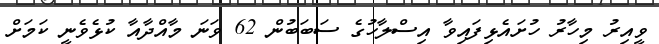
ވީއިރު މިހާރު ހުށައެޅިފައިވާ އިސްލާހުގެ ސަބަބުން 62 ވަނަ މާއްދާއާ ކުޅެވެނީ ކަމަށް